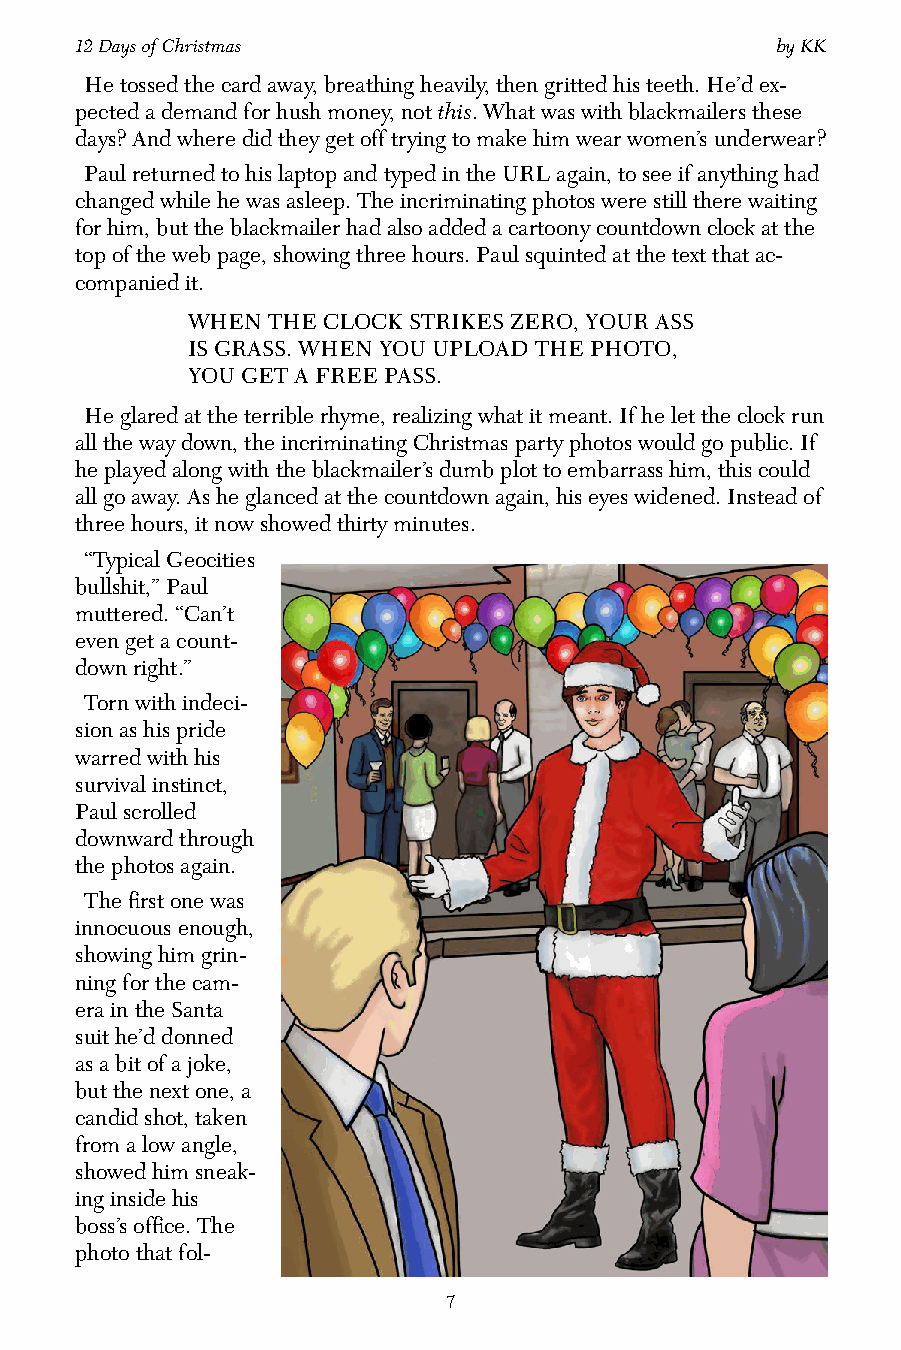
12 Days of Christmas                          by KK
 He tossed the card away, breathing heavily, then gritted his teeth. He’d ex-
 pected a demand for hush money, not this. What was with blackmailers these
 days? And where did they get off trying to make him wear women’s underwear?
 Paul returned to his laptop and typed in the URL again, to see if anything had
 changed while he was asleep. The incriminating photos were still there waiting
 for him, but the blackmailer had also added a cartoony countdown clock at the
 top of the web page, showing three hours. Paul squinted at the text that ac-
 companied it.
 WHEN  THE CLOCK STRIKES ZERO, YOUR ASS
 IS GRASS. WHEN YOU UPLOAD THE PHOTO,
 YOU GET A FREE PASS.
 He glared at the terrible rhyme, realizing what it meant. If he let the clock run
 all the way down, the incriminating Christmas party photos would go public. If
 he played along with the blackmailer’s dumb plot to embarrass him, this could
 all go away. As he glanced at the countdown again, his eyes widened. Instead of
 three hours, it now showed thirty minutes.
 “Typical Geocities
 bullshit,” Paul
 muttered. “Can’t
 even get a count-
 down right.”
 Torn with indeci-
 sion as his pride
 warred with his
 survival instinct,
 Paul scrolled
 downward through
 the photos again.
 The first one was
 innocuous enough,
 showing him grin-
 ning for the cam-
 era in the Santa
 suit he’d donned
 as a bit of a joke,
 but the next one, a
 candid shot, taken
 from a low angle,
 showed him sneak-
 ing inside his
 boss’s office. The
 photo that fol-
 7